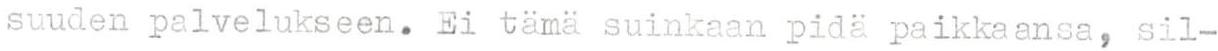
suuden palvelukseen. Ei tämä suinkaan pidä paikkaansa, sil-